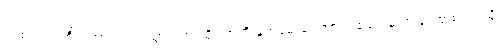
ပါးစပ်တွင်ကိုက်ထားသည့် သွားကြားထိုး တံကို နှုတ်ခမ်းထောင့် တစ်ဖက်မှ အခြားတစ်ဖက်သို့